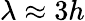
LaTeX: \lambda\approx 3h